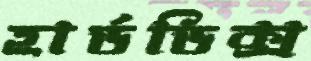
হার্ডডিক্স